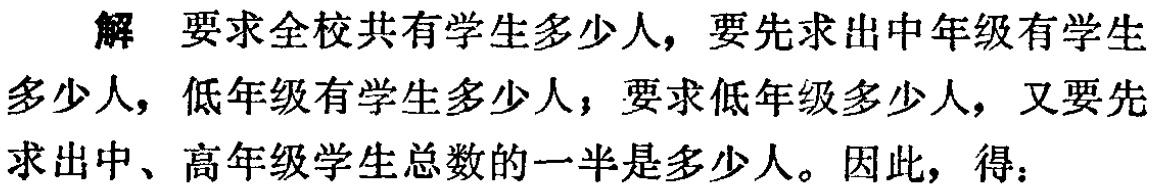
解 要求全校共有学生多少人，要先求出中年级有学生多少人，低年级有学生多少人，要求低年级多少人，又要先求出中、高年级学生总数的一半是多少人。因此，得：